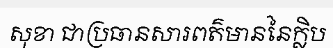
សុខា ជាប្រធានសារពត៌មាននៃក្លិប